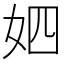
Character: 𱙌